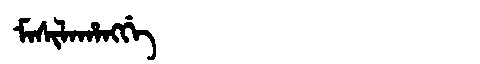
Manchu: ᠮᠠᠰᡳᠯᠠᡥᠠᠩᡤᡝ
Romanization: MASILAHANGGE